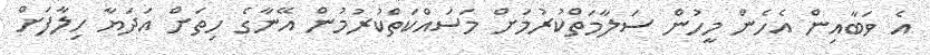
އެ ވަބާއިން އެހެން މީހުން ސަލާމަތްކުރުމަށް މަސައްކަތްކުރުމުން އޭނާގެ ހިތަށް އަދަޔާ ހިލާފަށް